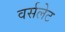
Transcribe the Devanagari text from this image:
वर्सलेट